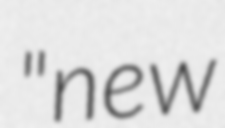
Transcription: "new